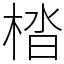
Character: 㭼